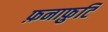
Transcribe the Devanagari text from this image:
फ़नाफ़ुटि